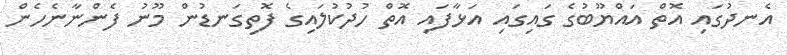
އެނދުގައި އޮތް އައްޔޫބުގެ ގައިގައި އަޅާފައި އޮތް ހުދުކުލައިގެ ފޮތިގަނޑުން މޫނު ފެންނާނެހެން